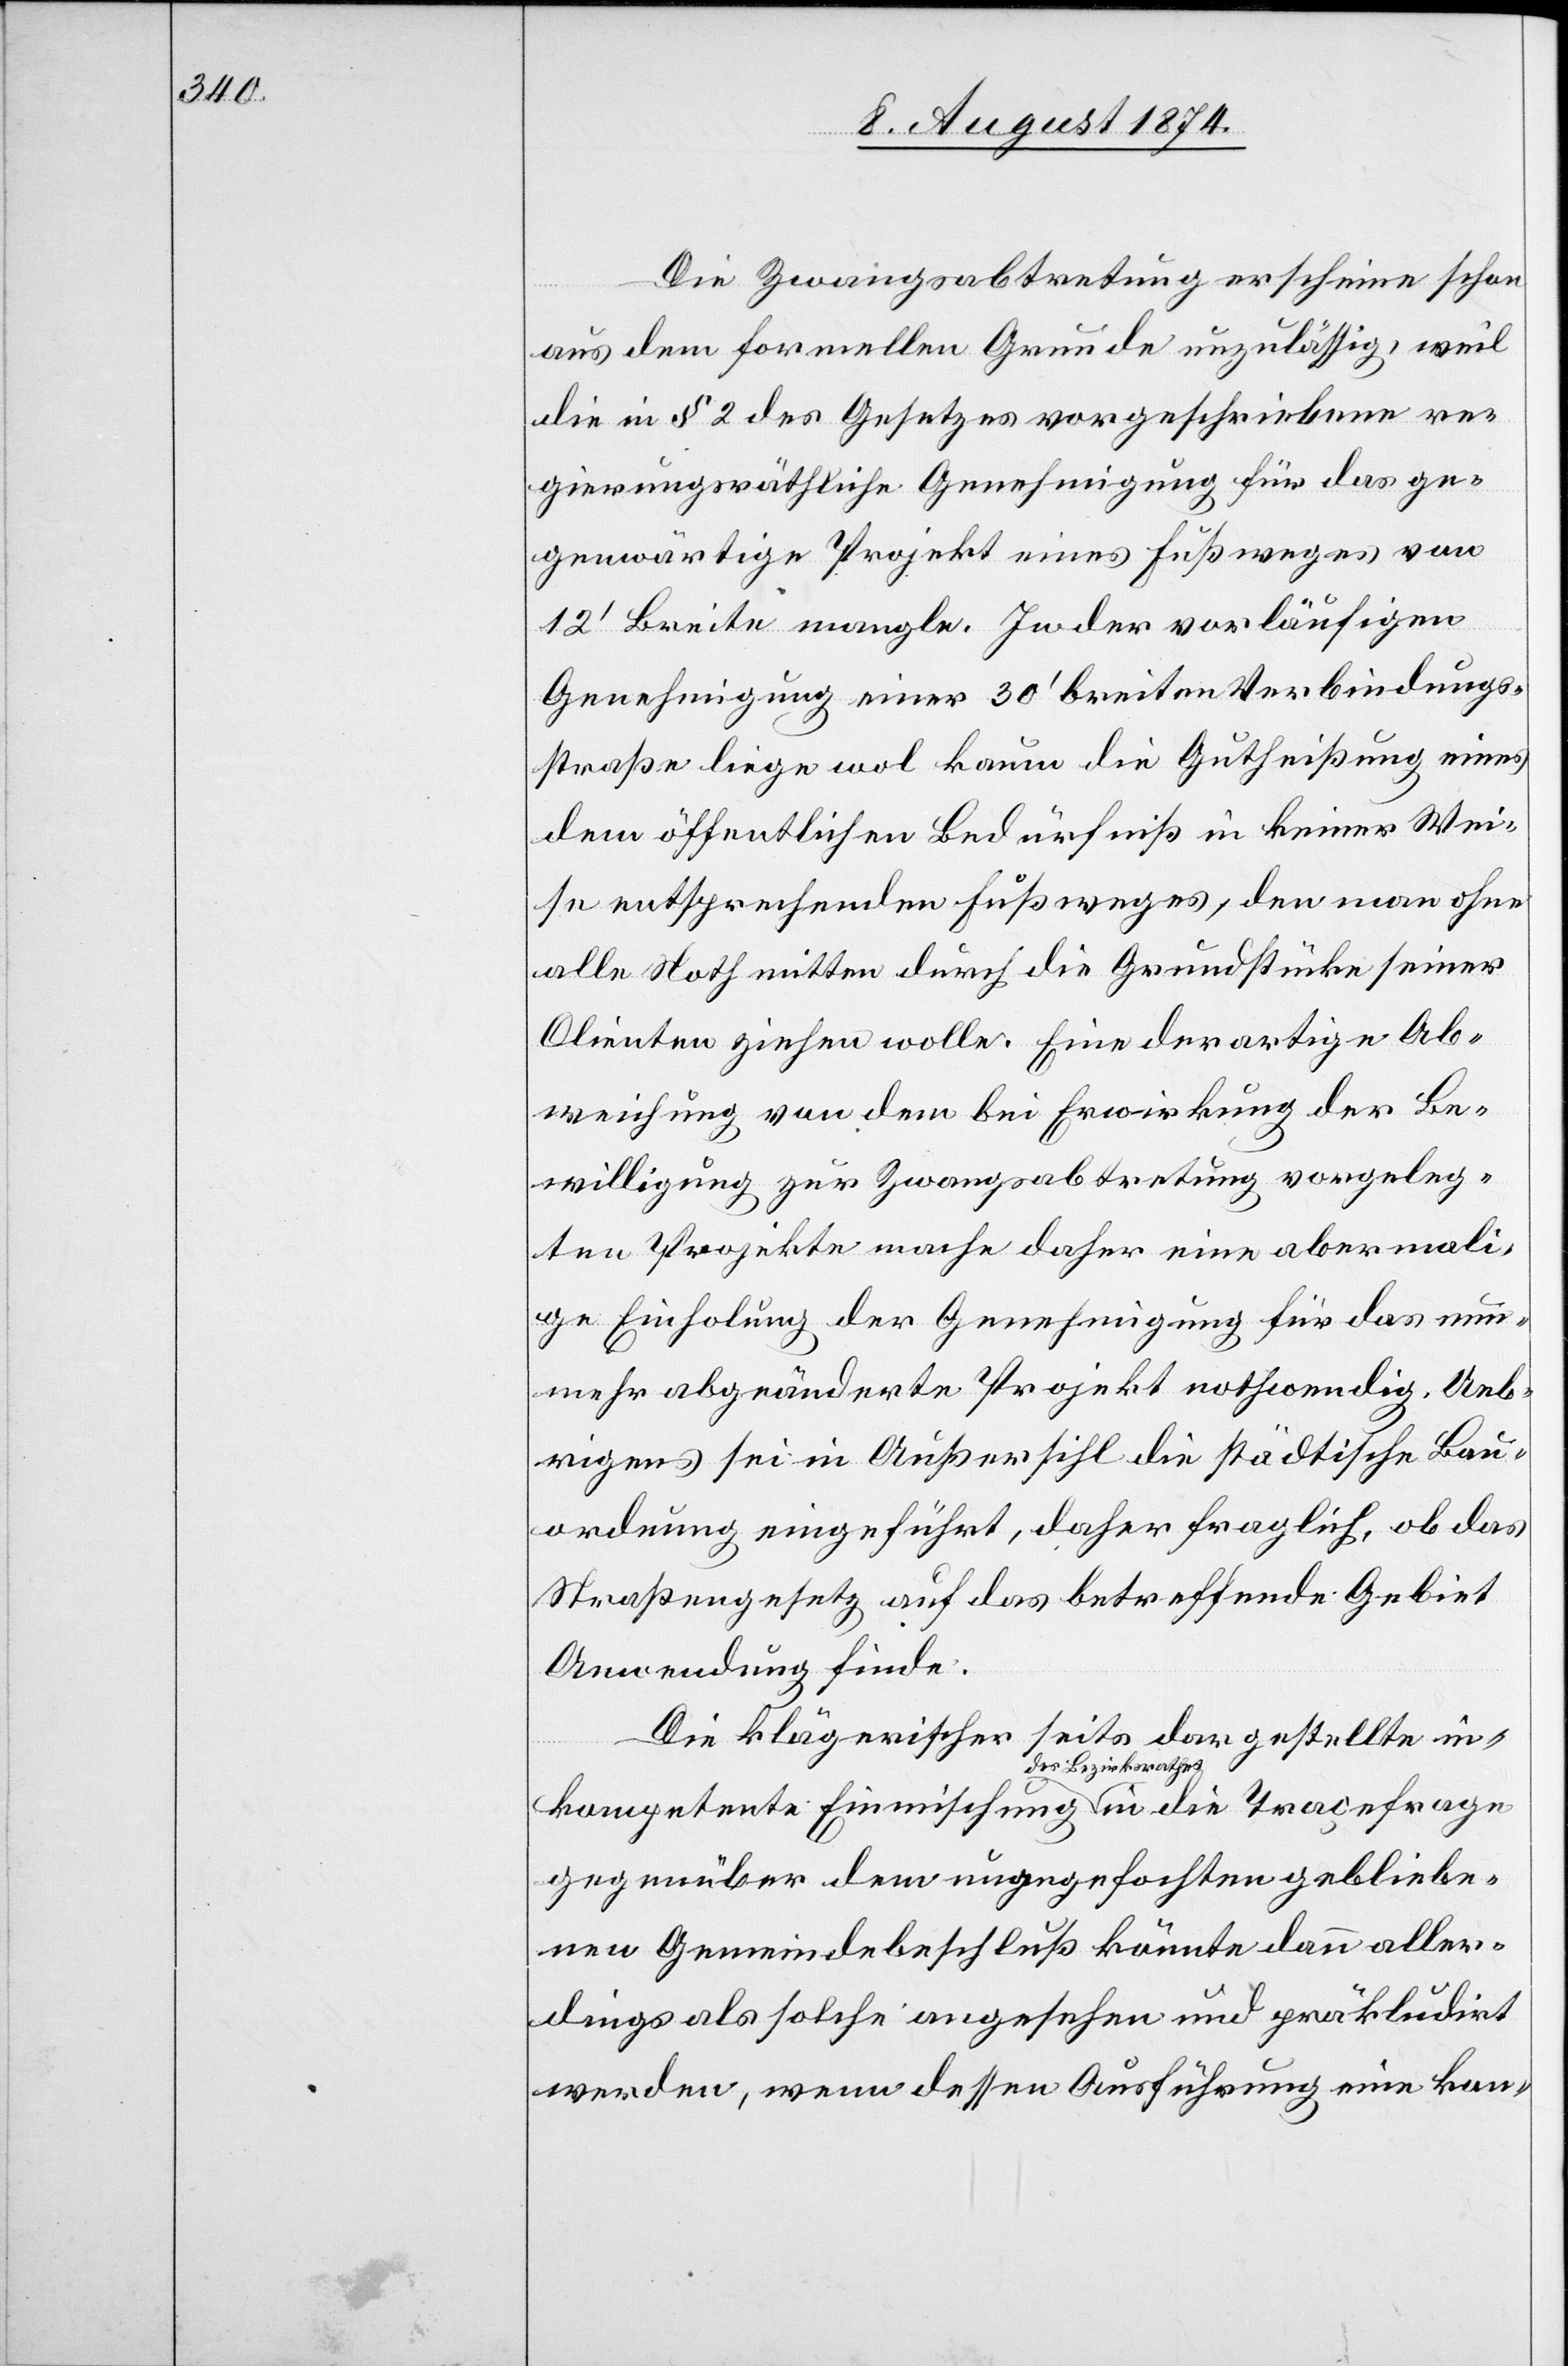
Die Zwangsabtretung erscheine schon
aus dem formellen Grunde unzulässig, weil
die in § 2 des Gesetzes vorgeschriebene re¬
gierungsräthliche Genehmigung für das ge¬
genwärtige Projekt eines Fußweges von
12‘ Breite mangle. In der vorläufigen
Genehmigung einer 30‘ breiten Verbindungs¬
straße liege wol kaum die Gutheißung eines
dem öffentlichen Bedürfniß in keiner Wei¬
se entsprechenden Fußweges, den man ohne
alle Noth mitten durch die Grundstücke seiner
Clienten ziehen wolle. Eine derartige Ab¬
weichung von dem bei Erwirkung der Be¬
willigung zur Zwangsabtretung vorgeleg¬
ten Projekte mache daher eine abermali¬
ge Einholung der Genehmigung für das nun¬
mehr abgeänderte Projekt nothwendig. Ueb¬
rigens sei in Außersihl die städtische Bau¬
ordnung eingeführt, daher fraglich, ob das
Straßengesetz auf das betreffende Gebiet
Anwendung finde.
Die klägerischerseits dargestellte in¬
kompetente Einmischung des Bezirksrathes in die Traçefrage
gegenüber dem ungegefochten [sic!] gebliebe¬
nen Gemeindebeschluß könnte dann aller¬
dings als solche angesehen und präkludirt
werden, wenn dessen Ausführung eine kon-